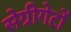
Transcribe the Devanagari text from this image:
सेग्रीगेटों